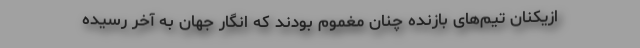
ازیکنان تیم‌های بازنده چنان مغموم بودند که انگار جهان به آخر رسیده